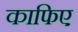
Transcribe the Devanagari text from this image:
काफिए